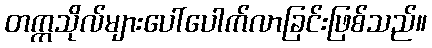
တက္ကသိုလ်များပေါ်ပေါက်လာခြင်းဖြစ်သည်။